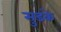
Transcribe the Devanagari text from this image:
सुडके